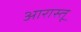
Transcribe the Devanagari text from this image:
आरास्तू